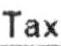
TAX